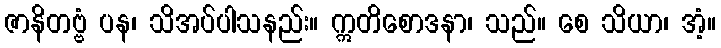
ဇာနိတဗ္ဗံ ပန၊ သိအပ်ပါသနည်း။ ဣတိစောဒနာ၊ သည်။ စေ သိယာ၊ အံ့။